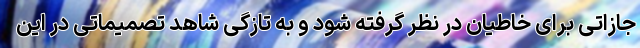
جازاتی برای خاطیان در نظر گرفته شود و به تازگی شاهد تصمیماتی در این